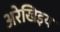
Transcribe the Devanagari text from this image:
अरेखिइय